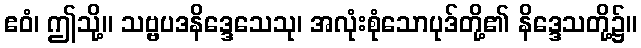
ဧဝံ၊ ဤသို့။ သဗ္ဗပဒနိဒ္ဒေသေသု၊ အလုံးစုံသောပုဒ်တို့၏ နိဒ္ဒေသတို့၌။